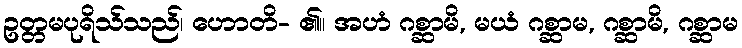
ဥတ္တမပုရိသ်သည်၊ ဟောတိ- ၏။ အဟံ ဂစ္ဆာမိ, မယံ ဂစ္ဆာမ, ဂစ္ဆာမိ, ဂစ္ဆာမ